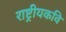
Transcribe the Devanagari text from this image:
राष्ट्रीयकवि